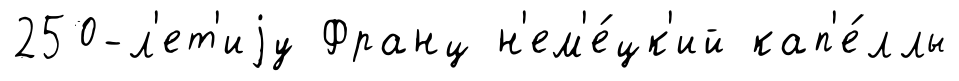
250-л'ет'иjу Франц н'ем'е́цк'ий кап'е́ллы